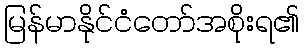
မြန်မာနိုင်ငံတော်အစိုးရ၏